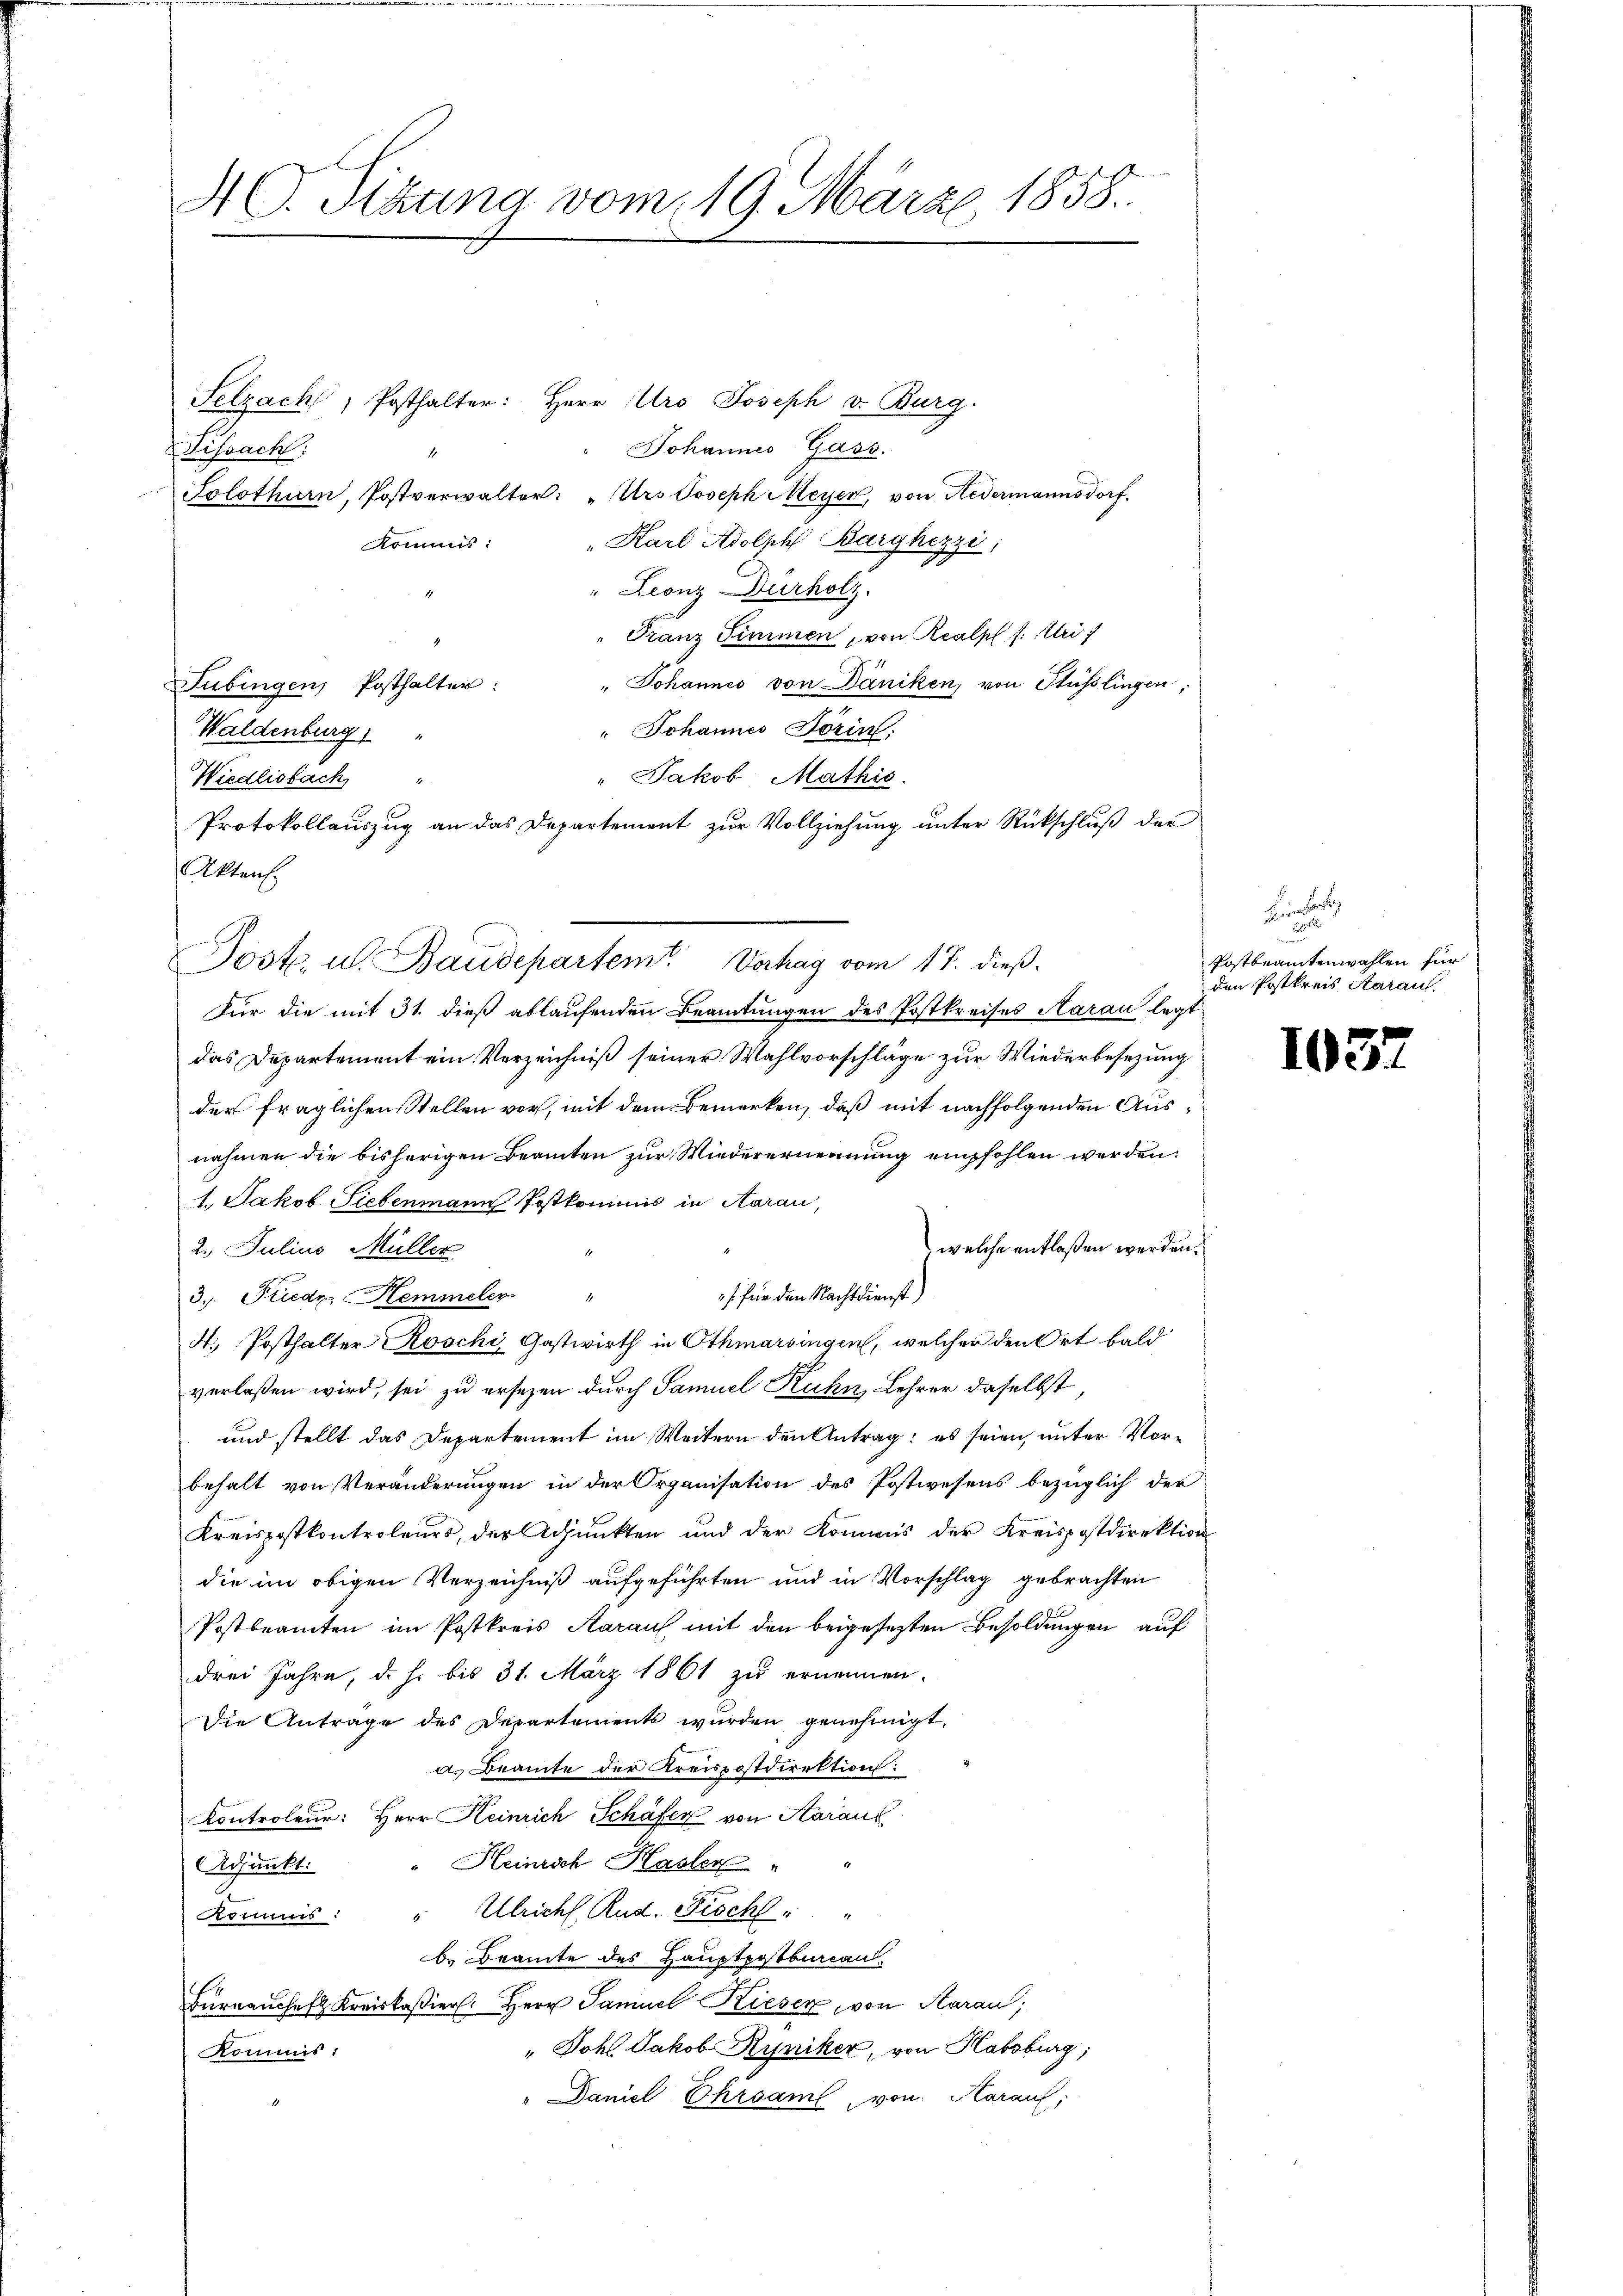
A C. Sitzung vom 19. März 1858.

Selzach, Posthalter: Herr Ars Joseph v. Burg.
Johannes Gass.
Schacht.
Solothurn, Postverwalter: "Urs Joseph Meyer, von Nedermannsdorf.
" Karl Adolph Barghezzi,
Komuns:
" Leonz-Durholz.
Franz Simmen, von Realpl /: Mei
" Johannes von Däniken, von Stüsslingen,
Tübingen Posthalter:
" Johannes Dorin
Waldenburg
" Jakob Mathis
Wiedlisbach "
Protokollauszug an das Departement zur Vollziehung unter Rückschluß der
Für die mit 31. dieß ablaufenden Beamtungen des Postkreises Aarau, legt
das Departement ein Verzeichniß seiner Wahlvorschläge zur Wiederbesezung
der fraglichen Stellen vor, mit dem Bemerken, daß mit nachfolgenden Ausnahmen die bisherigen Beamten zur Wiederernennung empfohlen werden:
1. Jakob Siebenmann Postkommis in Aarau
welche entlaßen werden.
2. Julius Müller
s für den Nachtdienst)
3. Friedr. Hemmeler
4. Posthalter Roschi, Gastwirth in Othmarsingen, welcher den Ort bald
verlaßen wird, sei zu ersezen durch Samuel Kuhn Lehrer daselbst,
und stellt das Departement im Weitern den Antrag: es seien, unter Vorbehalt von Veränderungen in der Organisation des Postwesens bezüglich der
Kreispostkontroleurs, der Adjunkten und der Komans der Kreispostdirektion
die im obigen Verzeichniß aufgeführten und in Vorschlag gebrachten
Postbeamten im Postkreis Karauf, mit den beigesezten Besoldungen auf
drei Jahre, d. h. bis 31. März 1861 zu ernennen.
Die Antrage des Departements wurden genehmigt.
a. Beamte der Kreispostdirektion:
Controleur: Herr Heinrich Schäfer von Aaraus
Heinrich Hasler
Adjunkt:
Kommis: " Ulricht Rud. Fisch " "
b. Beamte des Hauptpotbureau
Burnaucheft Kreiskaßiers. Herr Samuel Kieser, von Aarau,
" Joh. Jakob Ryniker, von Habsburg,
Kommis
"Daniel Ehrsam, von Karauf,

Akten.

Post. u. Baudepartem Verhag vom 17. dieß.

Be

Postbeamtenwahlen für
den Postkreis Karaus.

103.